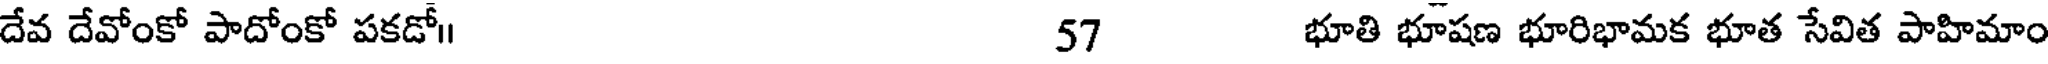
దేవ దేవోంకో పాదోంకో పకడో 57 భూతి భూషణ భూరిభామక భూత సేవిత పాహిమాం